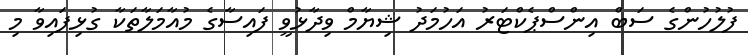
ފުލުހުންގެ ސަބް އިންސްޕެކްޓަރު އަހުމަދު ޝިޔާމް ވިދާޅުވީ ފައިސާގެ މުއާމަލާތަކާ ގުޅިފައިވާ މި